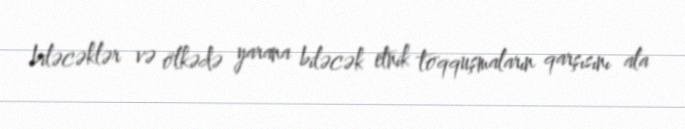
biləcəklər və ölkədə yarana biləcək etnik toqquşmaların qarşısını ala